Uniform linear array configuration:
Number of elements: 12
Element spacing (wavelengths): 0.5
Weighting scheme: uniform
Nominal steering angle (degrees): -30
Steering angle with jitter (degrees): -29.446
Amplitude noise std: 0.05
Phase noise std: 0.05

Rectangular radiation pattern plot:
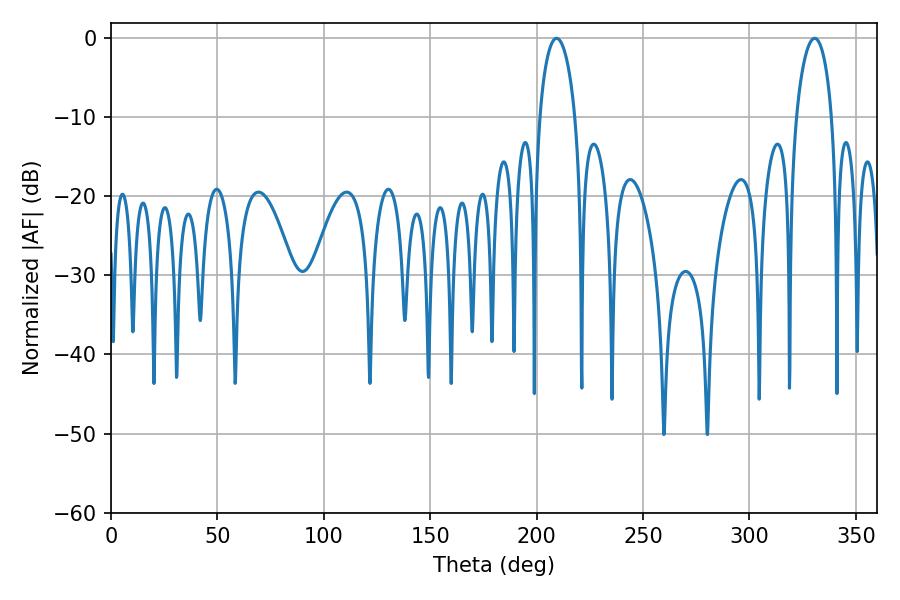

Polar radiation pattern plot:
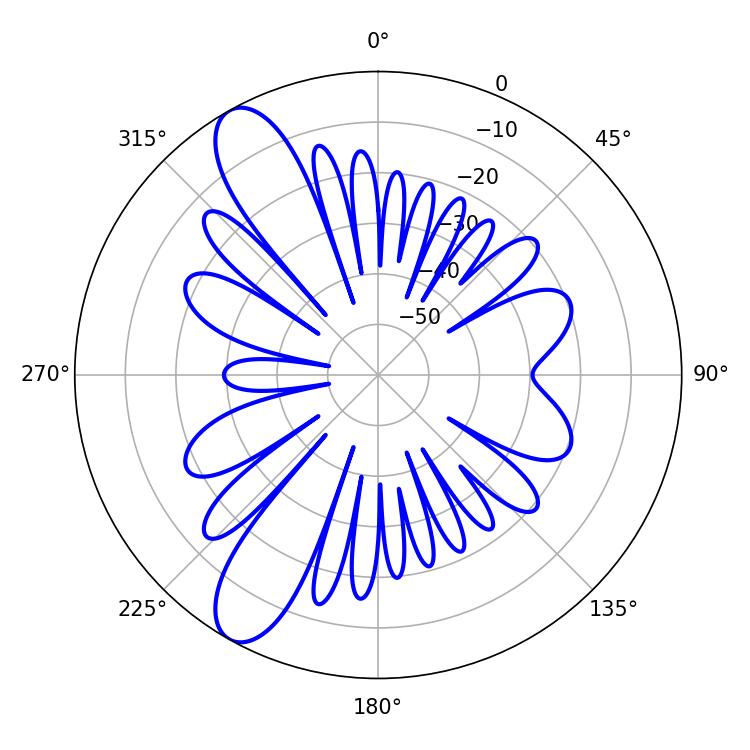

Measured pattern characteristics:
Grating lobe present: FALSE
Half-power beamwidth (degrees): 9.54
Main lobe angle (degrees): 209.34